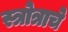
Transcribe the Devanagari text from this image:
स्त्रोत्राचे